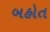
બહોત